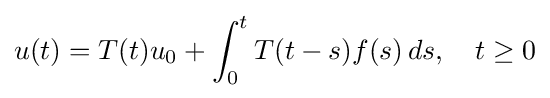
u(t)=T(t)u_{0}+\int _{0}^{t}T(t-s)f(s)\,ds,\quad t\geq 0